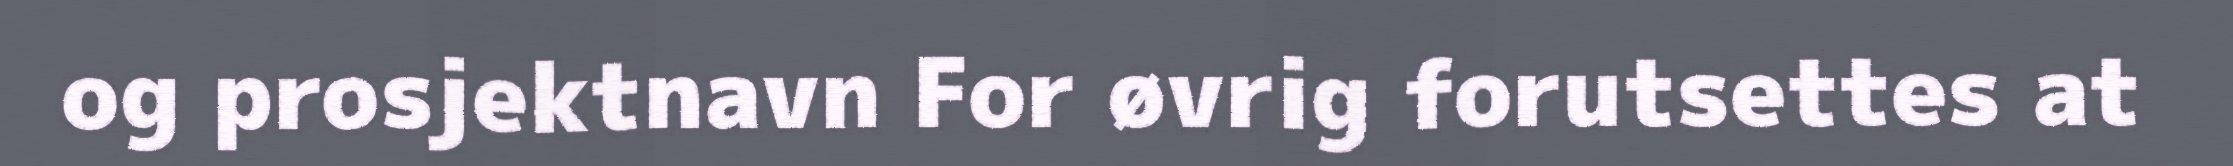
og prosjektnavn For øvrig forutsettes at